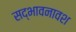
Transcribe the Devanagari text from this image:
सद्भावनावश